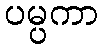
ပမ္ပကာ